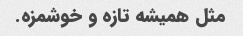
مثل همیشه تازه و خوشمزه.